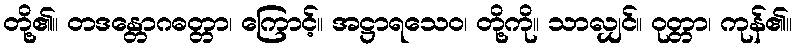
တို့၏။ တဒန္တောဂဓတ္တာ၊ ကြောင့်။ အဋ္ဌာရသေဝ၊ တို့ကို။ သာလျှင်။ ဝုတ္တာ၊ ကုန်၏။